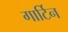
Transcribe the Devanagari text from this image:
गार्टिन